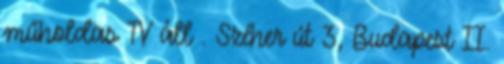
műholdas TV áll . Széher út 3, Budapest II.